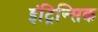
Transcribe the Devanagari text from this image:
इंट्रिन्सिक